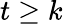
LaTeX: t\geq k